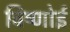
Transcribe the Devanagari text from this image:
बिष्णोई